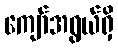
ကျော်အရွယ်ရှိ